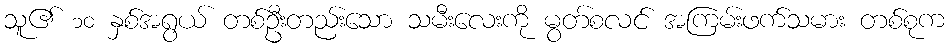
သူ၏ ၁၀ နှစ်အရွယ် တစ်ဦးတည်းသော သမီးလေးကို မွတ်စလင် အကြမ်းဖက်သမား တစ်စုက